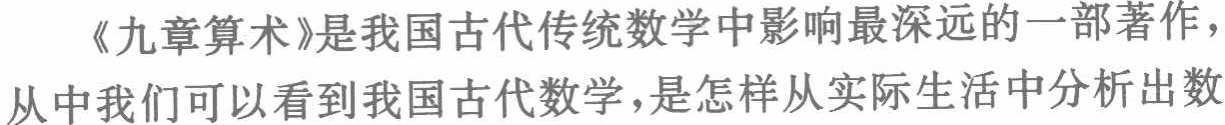
《九章算术》是我国古代传统数学中影响最深远的一部著作，从中我们可以看到我国古代数学，是怎样从实际生活中分析出数